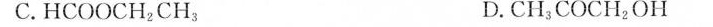
C.HCOOCH_{2}CH_{3} D.CH_{3}COOH_{2}OH